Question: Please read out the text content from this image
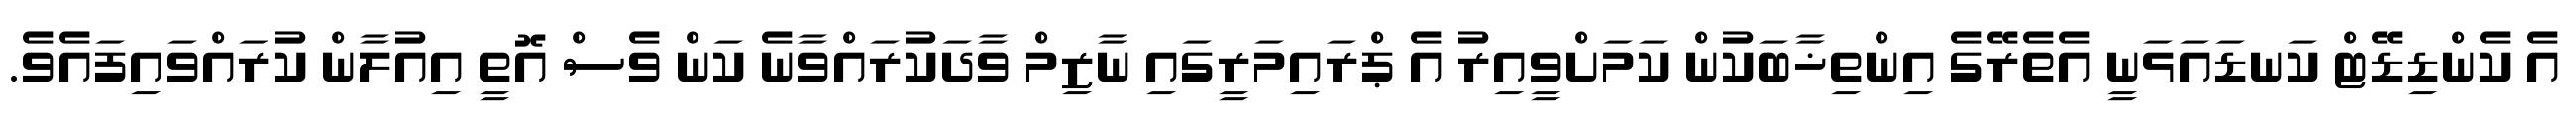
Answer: އެ ކެންޑިޑޭޓް ކަނޑައަޅަނީ އެތެރޭގެ އިންތިޚާބަކުން ކަމަށްވީއިރު އެ ޕްރައިމަރީގައި ނާޒިމް ވާދަކުރައްވާނެ ކަން ވެސް އޮތީ އިއުލާން ކުރައްވައިފައެވެ.